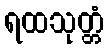
ရထသုတ္တံ